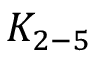
K _ { 2 - 5 }